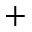
+